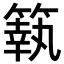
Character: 䉅